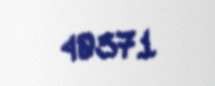
40371